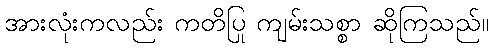
အားလုံးကလည်း ကတိပြု ကျမ်းသစ္စာ ဆိုကြသည်။